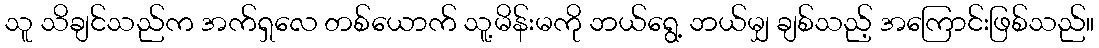
သူ သိချင်သည်က အက်ရှလေ တစ်ယောက် သူ့မိန်းမကို ဘယ်ရွေ့ ဘယ်မျှ ချစ်သည့် အကြောင်းဖြစ်သည်။